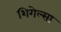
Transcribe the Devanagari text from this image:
शिगेल्सा